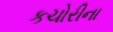
કચોરીના